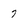
Character: 7